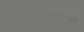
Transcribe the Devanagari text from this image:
आदिमानवांची